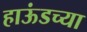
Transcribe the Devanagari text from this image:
हाऊंडच्या